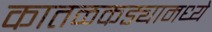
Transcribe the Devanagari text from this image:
कातळकड्यामध्ये